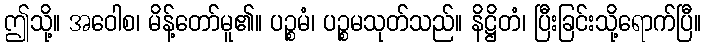
ဤသို့။ အဝေါစ၊ မိန့်တော်မူ၏။ ပဉ္စမံ၊ ပဉ္စမသုတ်သည်။ နိဋ္ဌိတံ၊ ပြီးခြင်းသို့ရောက်ပြီ။